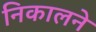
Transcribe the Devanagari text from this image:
निकालने